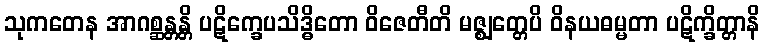
သုကတေန အာဂစ္ဆန္တန္တိ ပဋိက္ခေပသိဒ္ဓိတော ဝိဇေတီတိ မဇ္ဈတ္တေပိ ဝိနယဓမ္မတာ ပဋိက္ခိတ္တာနိ